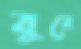
বুনে